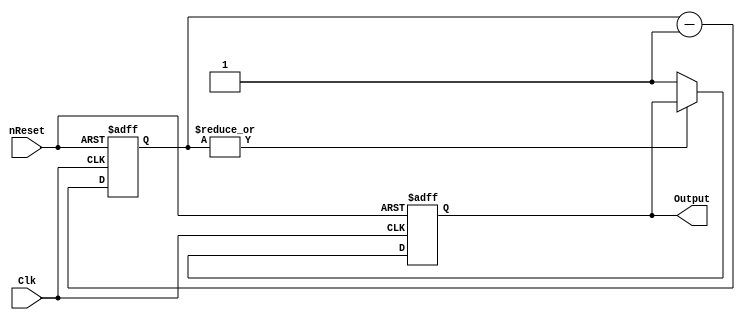
//==============================================================================
// Copyright (C) John-Philip Taylor
// jpt13653903@gmail.com
//
// This file is part of a library
//
// This file is free software: you can redistribute it and/or modify
// it under the terms of the GNU General Public License as published by
// the Free Software Foundation, either version 3 of the License, or
// (at your option) any later version.
// 
// This program is distributed in the hope that it will be useful,
// but WITHOUT ANY WARRANTY; without even the implied warranty of
// MERCHANTABILITY or FITNESS FOR A PARTICULAR PURPOSE.  See the
// GNU General Public License for more details.
// 
// You should have received a copy of the GNU General Public License
// along with this program.  If not, see <http://www.gnu.org/licenses/>
//==============================================================================

module Reset(
  input  nReset,
  input  Clk,

  output reg Output);
//------------------------------------------------------------------------------

  // Default values for a 48.828 kHz clock
  parameter n = 13;       // Length of the counter
  parameter c = 13'd4883; // 100 ms * f_Clk
//------------------------------------------------------------------------------

  reg [n-1:0]count; // 100 ms
//------------------------------------------------------------------------------

  always @(negedge nReset, posedge Clk) begin
    if(!nReset) begin
      Output <= 0;
      count  <= c;
//------------------------------------------------------------------------------
   
    end else begin
      if(~|count) Output <= 1'b1;
      count <= count - 1'b1;
    end
  end
endmodule
//------------------------------------------------------------------------------